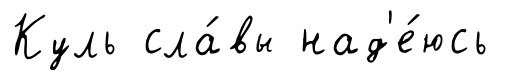
Куль сла́вы над'е́юсь